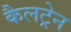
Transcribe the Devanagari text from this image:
कैलट्रेन